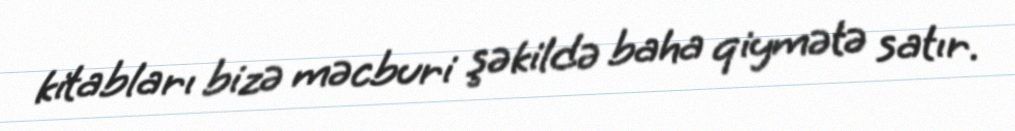
kitabları bizə məcburi şəkildə baha qiymətə satır.